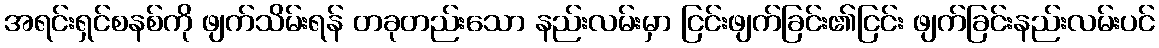
အရင်းရှင်စနစ်ကို ဖျက်သိမ်းရန် တခုတည်းသော နည်းလမ်းမှာ ငြင်းဖျက်ခြင်း၏ငြင်း ဖျက်ခြင်းနည်းလမ်းပင်